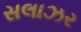
સલાઝર